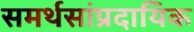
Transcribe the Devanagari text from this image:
समर्थसांप्रदायिक